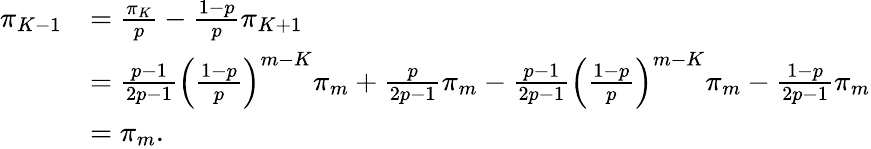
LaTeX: \begin{array}{rl}{\pi_{K-1}}&{=\frac{\pi_{K}}{p}-\frac{1-p}{p}\pi_{K+1}}\\ &{=\frac{p-1}{2p-1}\left(\frac{1-p}{p}\right)^{m-K}\pi_{m}+\frac{p}{2p-1}\pi_{m}-\frac{p-1}{2p-1}\left(\frac{1-p}{p}\right)^{m-K}\pi_{m}-\frac{1-p}{2p-1}\pi_{m}}\\ &{=\pi_{m}.}\end{array}